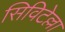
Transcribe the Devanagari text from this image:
सिविटेल्ला